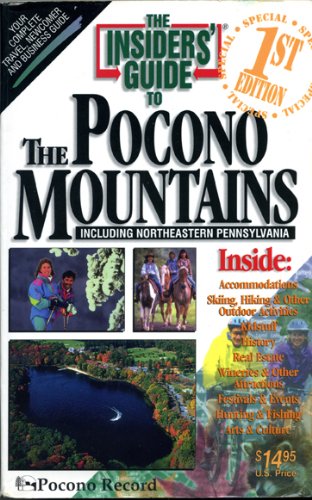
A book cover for Pocono Mountains (Insiders' Guide to the Pocono Mountains); Brian Hineline; Travel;